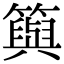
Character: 籅